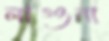
লাগুনা